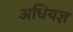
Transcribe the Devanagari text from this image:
अधियज्ञ